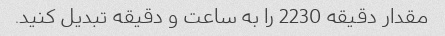
مقدار دقیقه 2230 را به ساعت و دقیقه تبدیل کنید.